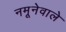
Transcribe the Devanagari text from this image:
नमूनेवाले